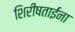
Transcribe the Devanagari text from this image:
शिरीषताईंना